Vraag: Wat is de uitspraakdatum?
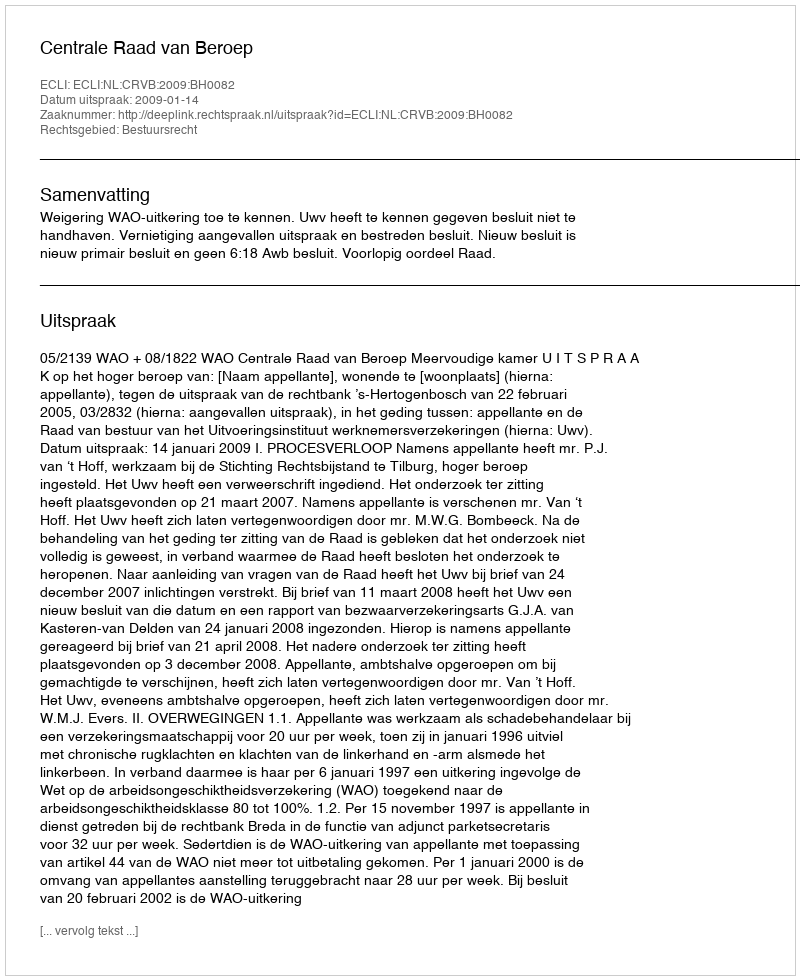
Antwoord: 2009-01-14